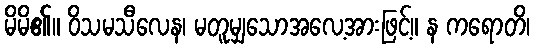
မိမိ၏။ ဝိသမသီလေန၊ မတူမျှသောအလေ့အားဖြင့်။ န ကရောတိ၊